Lunatic asylums in Bengal annual reports 1888-1898 - 1888-1898
Year: 1888
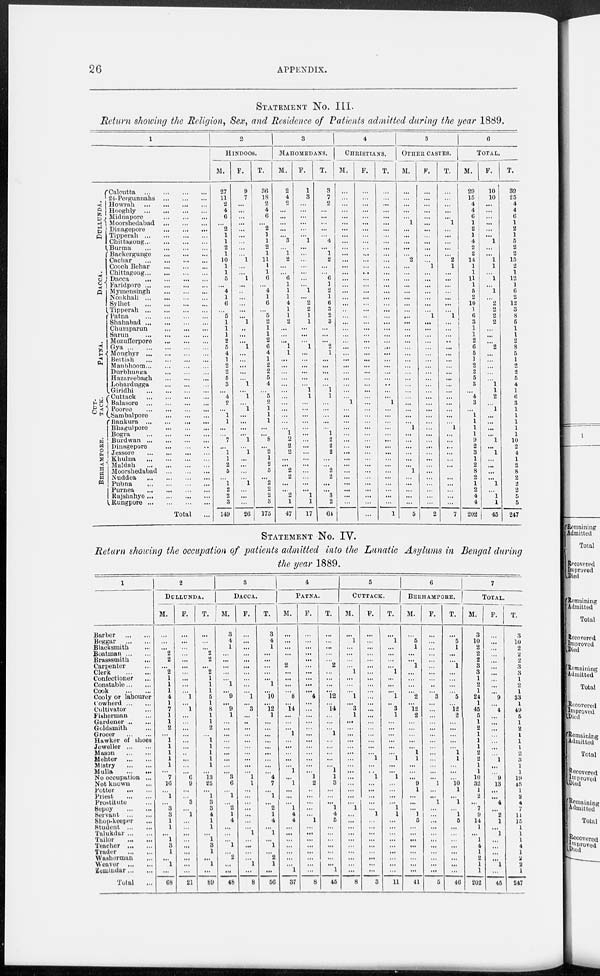
26
APPENDIX.
STATEMENT No. III.
Return showing the Religion, Sex, and Residence of Patients admitted daring the year 1889.
1
DULLUNDA.
DACCA.
PATNA.
CUT-
TACK.
BERHAMPORE.
Calcutta
...
...
...
...
...
24-Pergunnahs
...
...
...
Howrah
...
...
...
...
Hooghly
...
...
...
...
Midnapore
...
...
...
...
Moorshedabad ... ... ... ...
Dinagepore
...
...
...
Tipperah
...
...
...
...
Chittngong
...
...
...
...
Burma
...
...
...
...
Backergunge
...
...
...
Cachar
...
...
...
...
Cooch Behar
...
...
...
Chittagong
...
...
...
...
Dacca
...
...
...
...
Faridpore
...
...
...
...
Mymensingh
...
...
...
...
Noakhali
...
...
...
...
Sylhet
...
...
...
...
Tipperah
...
...
...
...
Patna
...
...
...
...
Shahabad
...
...
...
...
Chumparun
...
...
...
Sarun
...
...
...
Mozufferpore
...
...
...
Gya
...
...
...
...
...
Moughyr
...
...
...
...
Bettiah
...
...
...
...
Manbhoom
...
...
...
...
Durbhunga
...
...
...
...
Hazareebagh ... ... ...
Lohardugga
...
...
...
Giridhi
...
...
...
...
Cuttack
...
...
...
...
Balasore
...
...
...
...
Poorea
...
...
...
...
Sambalpore
...
...
...
Bankura
...
...
...
Bhagulpore
...
...
...
Bogra
...
...
...
...
Burdwan
...
...
...
...
Dinagepore
...
...
...
...
Jessore
...
...
...
...
Khulna
...
...
...
...
Maldah
...
...
...
...
Moorshedabad ... ... ... ...
Nuddea
...
...
...
...
Pubna
...
...
...
...
Purnea
...
...
...
...
Rajshahye
...
...
...
....
Rungpore
...
...
...
...
Total ...
2
HINDOOS.
M.
27
11
2
4
6
...
2
1
1
2
1
10
1
1
5
...
4
1
6
...
5
1
1
1
2
5
4
1
2
2
5
3
...
4
2
...
1
1
...
...
7
...
1
1
2
5
...
1
2
2
3
149
F.
9
7
...
...
...
...
...
...
...
...
...
1
...
...
1
...
...
...
...
...
...
1
...
...
...
1
...
...
...
...
...
1
...
1
...
1
...
...
...
...
1
...
1
...
...
...
...
1
...
...
...
26
T.
36
18
2
4
6
...
2
1
1
2
1
11
1
1
6
...
1
1
6
...
5
2
1
1
2
6
4
1
2
2
5
4
...
5
2
1
1
1
...
...
8
...
2
1
2
5
...
2
2
2
3
175
3
MAHOMEDANS.
M.
2
4
2
...
...
...
...
...
3
...
1
2
...
...
6
1
1
1
4
1
1
2
...
...
...
1
1
...
...
...
...
...
...
...
...
...
...
...
...
1
2
2
2
...
...
2
2
...
...
2
1
47
F.
1
3
...
...
...
...
...
...
1
...
...
...
...
...
...
...
1
...
2
2
1
1
...
...
...
1
...
...
...
...
...
...
1
1
...
...
...
...
...
...
...
...
...
...
...
...
...
...
...
1
1
17
T.
3
7
2
...
...
...
...
...
4
...
1
2
...
...
6
1
2
1
6
3
2
3
...
...
...
2
1
...
...
...
...
...
1
1
...
...
...
...
...
1
2
2
2
...
...
2
2
...
...
3
2
64
4
CHRISTIANS.
M.
...
...
...
...
...
...
...
...
...
...
...
...
...
...
...
...
...
...
...
...
...
...
...
...
...
...
...
...
...
...
...
...
...
...
1
...
...
...
...
...
...
...
...
...
...
...
...
...
...
...
...
...
F.
...
...
...
...
...
...
...
...
...
...
...
...
...
...
...
...
...
...
...
...
..
...
...
...
...
...
...
...
...
...
...
...
...
...
...
...
...
...
...
...
...
...
...
...
...
...
...
...
...
...
...
...
T.
...
...
...
...
...
...
...
...
...
...
...
...
...
...
...
...
...
...
...
...
...
...
...
...
...
...
...
...
...
...
...
...
...
...
1
...
...
...
...
...
...
...
...
...
...
...
...
...
...
...
...
1
5
OTHER CASTES.
M.
...
...
...
...
...
1
...
...
...
...
...
2
...
...
...
...
...
...
...
...
...
...
...
...
...
...
...
...
...
...
...
...
...
...
...
...
...
...
1
...
...
...
...
...
...
1
...
...
...
...
...
5
F.
...
...
...
...
...
...
...
...
...
...
...
...
1
...
...
...
...
...
...
...
1
...
...
...
...
...
...
...
...
...
...
...
...
...
...
...
...
...
...
...
...
...
...
...
...
...
...
...
...
...
...
2
T.
...
...
...
...
...
1
...
...
...
...
...
2
1
...
...
...
...
...
...
...
1
...
...
...
...
...
...
...
...
...
...
...
...
...
...
...
...
...
1
...
...
...
...
...
...
1
...
...
...
...
...
7
6
TOTAL.
M.
29
15
4
4
6
1
2
1
4
2
2
14
1
1
11
1
5
2
10
1
6
3
1
1
2
6
5
1
2
2
5
3
...
4
3
...
1
1
1
1
9
2
3
1
2
8
2
1
2
4
4
202
F.
10
10
...
...
...
...
...
...
1
...
...
1
1
...
1
...
1
...
2
2
2
2
...
...
...
2
...
...
...
...
...
1
1
2
...
1
...
...
...
...
1
...
1
...
...
...
...
1
...
1
1
45
T.
39
25
4
4
6
1
2
1
5
2
2
15
2
1
12
1
6
2
12
3
8
5
1
1
2
8
5
1
2
2
5
4
1
6
3
1
1
1
1
1
10
2
4
1
2
8
2
2
2
5
5
247
STATEMENT No. IV.
Return showing the occupation of patients admitted into the Lunatic Asylums in Bengal during
the near 1889.
1
Barber
...
...
Beggar
...
...
Blacksmith ...
Boatman
...
...
Brasssmith ...
Carpenter ...
Clerk
...
...
Confectioner ...
Constable ... ...
Cook
...
...
Cooly or labourer
Cowherd ... ...
Cultivator ...
Fisherman ...
Gardener
...
...
Goldsmith ...
Grocer
...
...
Hawker of shoes
Jeweller
...
...
Mason
...
...
Mehter
...
...
Mistry
...
...
Nulla
...
...
No occupation ...
Not known ...
Potter
...
...
Priest
...
...
Prostitute ...
Sepoy
...
...
Servant
...
...
Shop-keeper ...
Student
...
...
Talukdar
...
...
Tuilor
...
...
Teacher
...
...
Trader
...
...
Washerman ...
Weaver
...
...
Zemindar
...
...
Tolal ...
2
DULLUNDA.
M.
...
...
...
2
2
...
2
1
1
1
4
1
7
1
1
2
...
1
1
1
1
1
...
7
16
...
1
...
3
3
1
1
...
1
3
1
...
1
...
68
F.
...
...
...
...
...
...
...
...
...
1
...
1
...
...
...
...
...
...
...
...
...
...
6
9
...
...
3
...
1
...
...
...
...
...
...
...
...
...
21
T.
...
...
...
2
2
...
2
1
1
1
5
1
8
1
1
2
...
1
1
1
1
1
...
13
25
...
1
3
3
4
1
1
...
1
3
1
...
1
...
89
3
DACCA.
M.
3 4
1
...
...
...
...
...
1
...
9
...
9
1
...
...
...
...
...
...
...
...
...
3
6
...
1
...
2
1
4
...
...
...
1
...
2
...
...
48
F.
...
...
...
...
...
...
...
...
...
...
1
...
3
...
...
...
...
...
...
...
...
...
...
1
1
...
...
...
...
...
...
...
1
...
...
...
...
1
...
8
T.
3
4
1
...
...
...
...
...
1
...
10
...
12
1
...
...
...
...
...
...
...
...
...
4
7
...
1
...
2
1
4
...
1
...
1
...
2
1
...
56
4
PATNA.
M.
...
...
...
...
2
...
...
...
...
8
...
14
...
...
...
1
...
...
...
...
...
1
...
1
...
...
...
1
4
4
...
...
...
...
...
...
...
1
37
F.
...
...
...
...
...
...
...
...
...
...
4
...
...
...
...
...
...
...
...
...
...
...
...
1
2
..
...
...
...
...
1
...
...
...
...
...
...
...
...
8
T.
...
...
...
...
...
2
...
...
...
...
12
...
14
...
...
...
1
...
...
...
...
...
1
1
3
...
...
...
1
4
5
...
...
...
...
...
...
...
1
45
5
CUTTACK.
M.
...
1
...
...
...
...
1
...
...
...
1
...
3
1
...
...
...
...
...
...
...
...
...
...
...
...
...
...
1
...
...
...
...
...
...
...
...
...
...
8
F.
...
...
...
...
...
...
...
...
...
...
...
...
...
...
...
...
...
...
...
1
...
. .
1
...
...
...
...
...
1
...
...
...
...
...
...
...
...
...
3
T.
...
1
...
...
...
...
1
...
...
...
1
..
3
1
...
...
...
...
...
1
...
...
1
...
...
...
...
1
1
...
...
...
...
...
...
...
...
...
11
6
BERHAMPORE.
M.
...
5
1
...
...
1
...
...
...
...
2
...
12
2
...
...
...
...
...
1
1
...
...
...
9
1
...
...
...
1
5
...
...
...
...
...
...
...
...
41
F.
...
...
...
...
...
...
...
...
...
...
3
...
...
...
...
...
...
...
...
...
...
...
...
...
1
...
...
1
...
...
...
...
...
...
...
...
...
...
...
5
T.
...
5
1
...
...
1
...
...
...
...
5
...
12
2
...
...
...
...
...
1
1
...
...
...
10
1
...
1
...
1
5
...
...
...
...
...
...
...
...
46
7
TOTAL.
M.
3
10
2
2
2
3
3
1
2
1
24
1
45
5
1
2
1
1
1
2
2
1
1
10
32
1
2
...
7
9
14
1
...
1
4
1
2
1
1
202
F.
...
...
...
...
...
...
...
...
...
...
9
...
4
...
...
...
...
...
...
...
1
...
...
9
13
...
...
4
...
2
1
...
1
...
...
...
...
1
...
45
T.
3
10
2
2
2
3
3
1
2
1
33
1
46
5
1
2
1
1
1
2
3
1
1
19
45
1
2
4
7
11
15
1
1
1
4
1
2
2
1
247